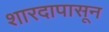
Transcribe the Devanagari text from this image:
शारदापासून